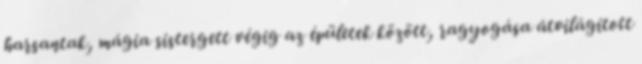
harsantak, mágia sistergett végig az épületek között, ragyogása átvilágított